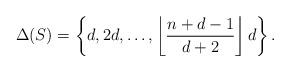
LaTeX: \begin{align*}\Delta(S) = \left\{d,2d,\ldots, \left\lfloor\frac{n+d-1}{d+2} \right\rfloor d \right\}.\end{align*}